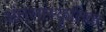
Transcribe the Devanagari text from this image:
अंतसांस्कृतिक